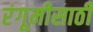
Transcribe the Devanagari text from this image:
रंगूमीसाठी